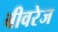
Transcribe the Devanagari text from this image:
बीवरेज